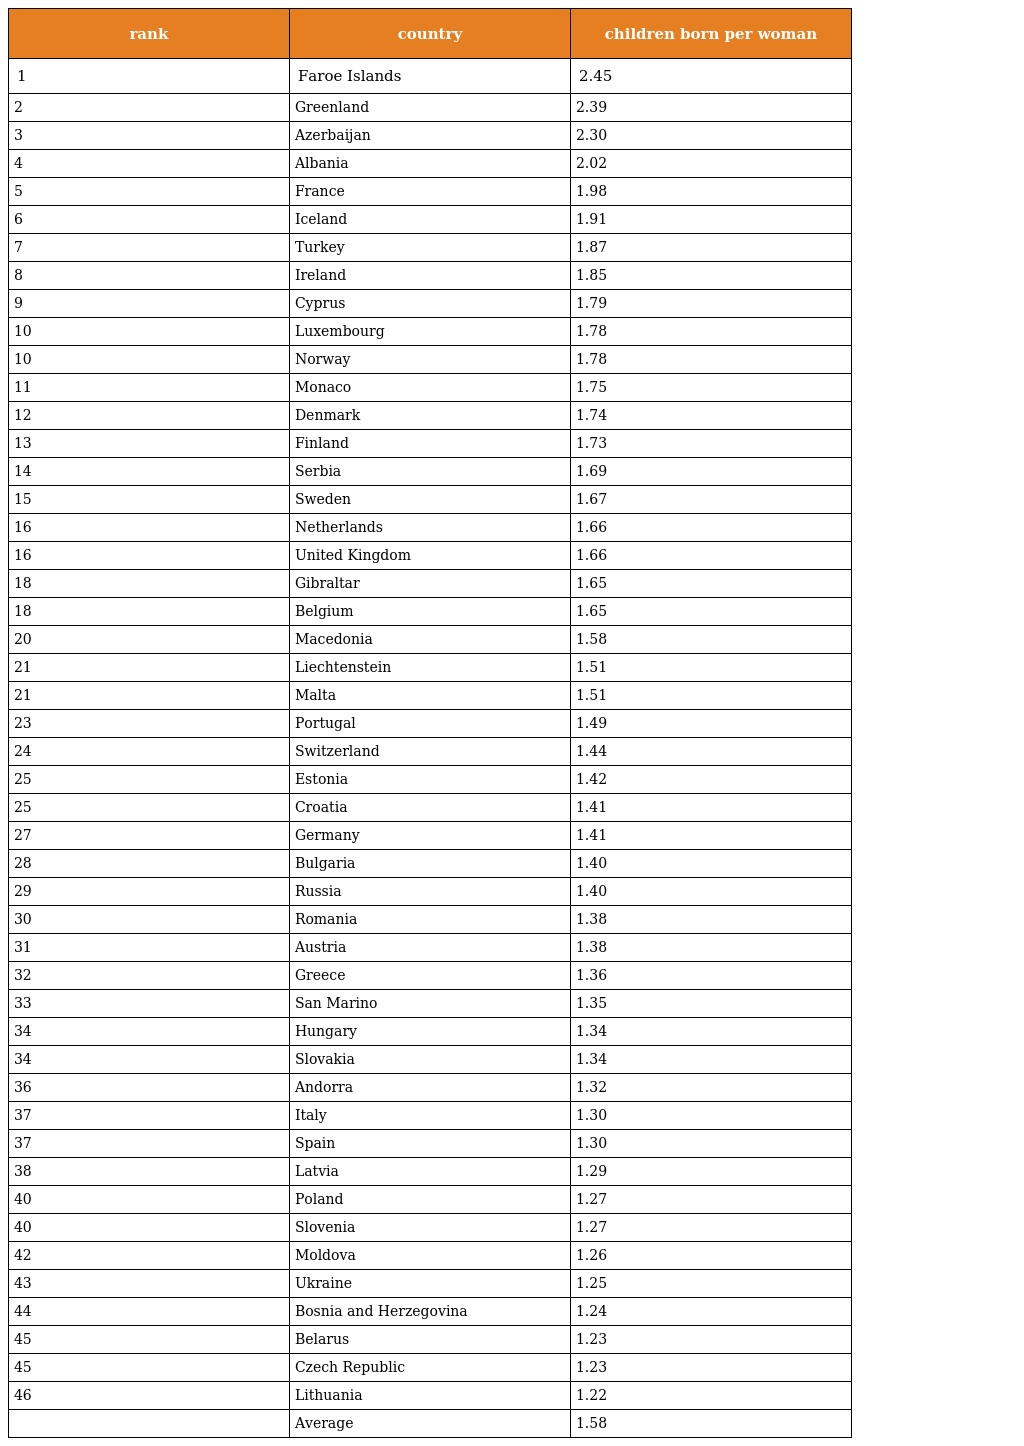
| rank | country | children born per woman |
 | --- | --- | --- |
 | 1 | Faroe Islands | 2.45 |
 | 2 | Greenland | 2.39 |
 | 3 | Azerbaijan | 2.30 |
 | 4 | Albania | 2.02 |
 | 5 | France | 1.98 |
 | 6 | Iceland | 1.91 |
 | 7 | Turkey | 1.87 |
 | 8 | Ireland | 1.85 |
 | 9 | Cyprus | 1.79 |
 | 10 | Luxembourg | 1.78 |
 | 10 | Norway | 1.78 |
 | 11 | Monaco | 1.75 |
 | 12 | Denmark | 1.74 |
 | 13 | Finland | 1.73 |
 | 14 | Serbia | 1.69 |
 | 15 | Sweden | 1.67 |
 | 16 | Netherlands | 1.66 |
 | 16 | United Kingdom | 1.66 |
 | 18 | Gibraltar | 1.65 |
 | 18 | Belgium | 1.65 |
 | 20 | Macedonia | 1.58 |
 | 21 | Liechtenstein | 1.51 |
 | 21 | Malta | 1.51 |
 | 23 | Portugal | 1.49 |
 | 24 | Switzerland | 1.44 |
 | 25 | Estonia | 1.42 |
 | 25 | Croatia | 1.41 |
 | 27 | Germany | 1.41 |
 | 28 | Bulgaria | 1.40 |
 | 29 | Russia | 1.40 |
 | 30 | Romania | 1.38 |
 | 31 | Austria | 1.38 |
 | 32 | Greece | 1.36 |
 | 33 | San Marino | 1.35 |
 | 34 | Hungary | 1.34 |
 | 34 | Slovakia | 1.34 |
 | 36 | Andorra | 1.32 |
 | 37 | Italy | 1.30 |
 | 37 | Spain | 1.30 |
 | 38 | Latvia | 1.29 |
 | 40 | Poland | 1.27 |
 | 40 | Slovenia | 1.27 |
 | 42 | Moldova | 1.26 |
 | 43 | Ukraine | 1.25 |
 | 44 | Bosnia and Herzegovina | 1.24 |
 | 45 | Belarus | 1.23 |
 | 45 | Czech Republic | 1.23 |
 | 46 | Lithuania | 1.22 |
 |  | Average | 1.58 |